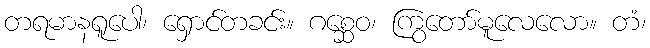
တရမာနရူပေါ၊ ရှောင်တခင်း။ ဂစ္ဆေဝ၊ ကြွတော်မူလေလော။ တံ၊